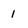
Character: 1